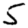
Digit: 5